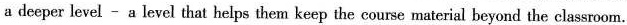
a deeper level - a level that helps them keep the course material beyond the classroom.